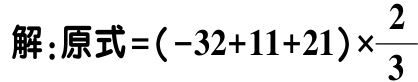
解：原式\(=(-32 + 11 + 21)\times\frac{2}{3}\)